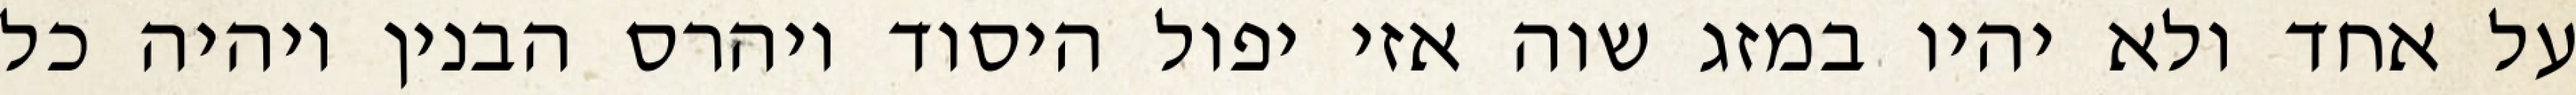
על אחד ולא יהיו במזג שוה אזי יפול היסוד ויהרס הבנין ויהיה כל